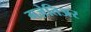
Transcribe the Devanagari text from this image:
गज़ेतिअर